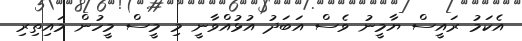
އެކަމު ރައީސް ޔާމީނު ވެސް އަބަދު އުޅުއްވާނީ މި މީސް މީހުން މައިތިރި